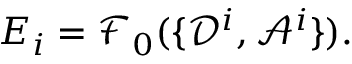
E _ { i } = \mathcal { F } _ { 0 } ( \{ \mathcal { D } ^ { i } , \mathcal { A } ^ { i } \} ) .